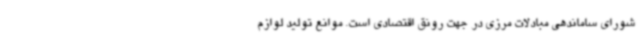
شورای ساماندهی مبادلات مرزی در جهت رونق اقتصادی است. موانع تولید لوازم